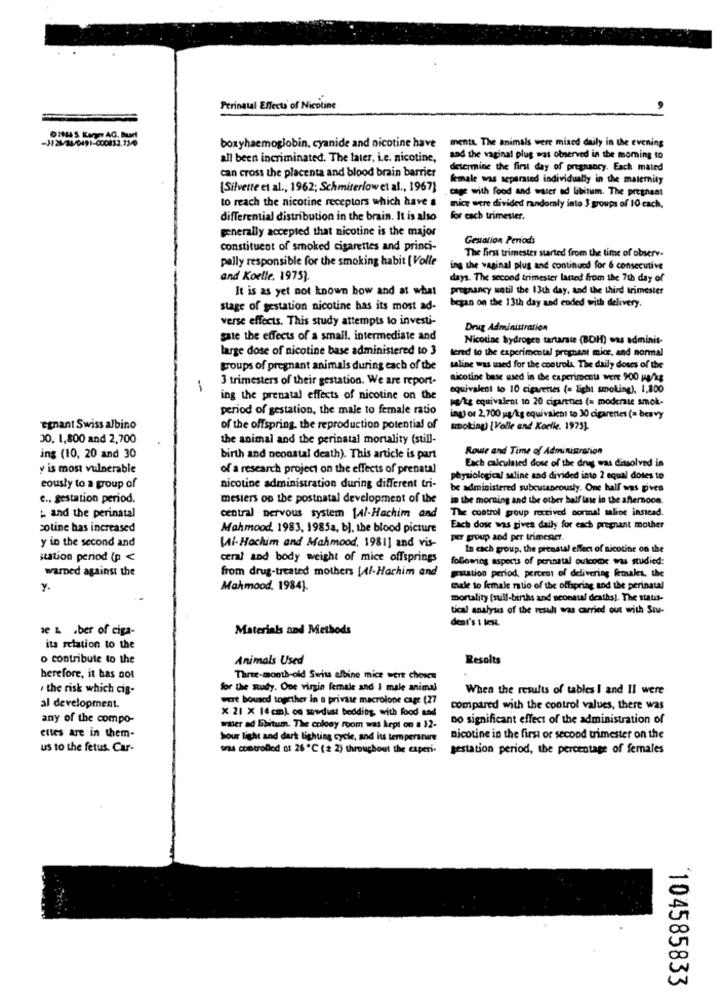
Perinatal Effects of Nicoline
boxyhaemoglobin, cyanide and nicotine have mente. The animals were mised daily in the evening
all been incriminated. The later, i.e. nicotine,
aad the vaginal plug was observed in the morning to
can cross the placenta and blood brain barrier
determine the first day of pregnancy. Each mated
female was separated individually in the maternity
[Silverte et al ., 1962; Schmiterlow et al ., 1967]
cage with food and water ad libitum. The pregnant
to reach the nicotine receptors which have a
mice were divided randomly into 3 groups of 10 each,
differential distribution in the brain. It is also
for each trimester.
generally accepted that nicotine is the major
Gestation Periods
constituent of smoked cigarettes and princi-
pally responsible for the smoking habit [ Volle
The first trimester started from the time of observ.
ing the vaginal plug and continued for 6 consecutive
and Koelle, 1975).
days. The second trimester lasted from the 7th day of
It is as yet not known bow and at what
pregnancy until the 13th day, and the third trimester
stage of gestation nicotine has its most ad-
began on the 13th day and ended with delivery.
verse effects. This study attempts to investi-
Drug Administration
gate the effects of a small, intermediate and
Nicotiac bydrogen tartarsie (BDH) mas adminit-
large dose of nicotine base administered to 3
lend to the experimental pregnant mice, and normal
groups of pregnant animals during each of the
saline was med for the controls The daily doses of the
3 trimesters of their gestation. We are report-
nicotine base wsed in the experiment WERE 900 HALLE
-
equivalent lo 10 cigarettes (= light smoking), 1,800
ing the prenatal effects of nicotine on the
pe/kg equivalent to 20 cigarettes (= moderate smok-
period of gestation, the male to female ratio
ing) or 2,700 g/kg equivalent to 30 cigarettes (= beavy
"gnant Swiss albino
of the offspring. the reproduction potential of
unoking) [Volle and Koelle. 1975).
30. 1,800 and 2,700
the animal and the perinatal mortality (still-
Route and Time of Administration
ing (10, 20 and 30
birth and neonatal death). This article is part
y is most vulnerable
of a research project on the effects of prenatal
Each calculated dose of the drug was dissolved in
physiological saline and divided into 2 equal doses to
eously to a group of
nicotine administration during different tri-
be administered subcutaneously. One half was pives
c ., gestation period.
mesiers on the postnatal development of the
in the morning and the other half lase in the afternoon.
The control group received normal saline insead.
" and the perinatal
central nervous system \al-Hachim and
sotine has increased
Mahmood, 1983, 1985a, b), the blood picture
Each dose was gives daily for each pregnant mother
y in the second and
per group and per trimesact.
VAI- Hochim and Mahmood, 1981] and vis-
In each group, the prenatal effect of nicotine on the
station period (p <
ceral and body weight of mice offsprings
following aspects of perinatal outcome was studied:
warned against the
from drug-treated mothers [l-Hachim and
guation period, percent of delivering kosales, the
y.
Mahmood, 1984].
male to female ratio of the offspring and the perinatal
mortality [sull-births and neonatal deaths). The statis-
tical analysis of the result was carried out with Stu-
denl's 1 les.
a L .ber of ciga-
Materials and Methods
ita relation to the
o contribute to the
Animals Used
Resolts
herefore, it has not
Three-month-old Swiss albino mice were chosen
. the risk which cis-
for the study. One virgin female and I male animal
When the results of tables I and II were
wert boused together in a private macrolone cage (27
al development.
× 21 X 14cm) on sawdust bedding, with food and
compared with the control values, there was
any of the compo-
no significant effect of the administration of
ettes are in them-
waser ad libitum. The colony room was kept on a $2-
Sour light and dark lighting cycle, and its temperature
nicotine in the first or second trimester on the
us to the fetus. Car-
oras controlled ot 26 ℃ (# 2) throughout the experi.
gestation period, the percentage of females
104585833